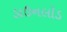
ડાઉનલૉડ